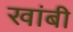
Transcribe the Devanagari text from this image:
खांबी